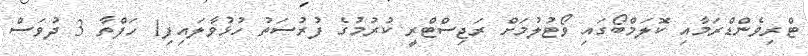
ޓްރިވެންޑްރަމާއި ކޮލަމްބޯގައި ވޯޓުލުމަށް ރަޖިސްޓްރީ ކުރުމުގެ ފުރުސަތު ހުޅުވާލައިފި1 ހަފްތާ 3 ދުވަސް